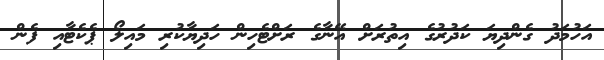
އަހުމަދު ގެންދިޔަ ކަދުރުގެ އިތުރަށް އޭނާގެ ރަށްޓެހިން ހަދިޔާކުރި މައިލޯ ޕެކެޓާއި ފެން